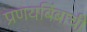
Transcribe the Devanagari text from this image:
प्रणयबिंबाची